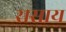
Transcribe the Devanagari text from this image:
रासाय